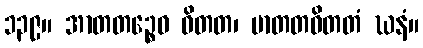
၁၃၉။ အာတတဉ္စေဝ ဝိတတ၊ မာတတဝိတတံ ဃနံ။